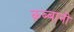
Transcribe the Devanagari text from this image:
क़ब्बानी